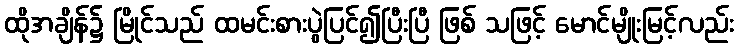
ထိုအချိန်၌ မြိုင်သည် ထမင်းစားပွဲပြင်၍ပြီးပြီ ဖြစ် သဖြင့် မောင်မျိုးမြင့်လည်း